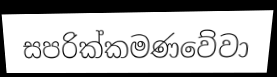
සපරික්කමණවේවා